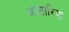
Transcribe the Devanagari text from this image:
आतारिया